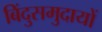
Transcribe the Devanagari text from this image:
बिंदुसमुदायों